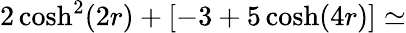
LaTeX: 2\cosh^{2}(2r)+[-3+5\cosh(4r)]\simeq